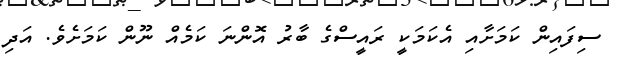
ސިފައިން ކަމަށާއި އެކަމަކީ ރައީސްގެ ބާރު އޮންނަ ކަމެއް ނޫން ކަމަށެވެ. އަދި